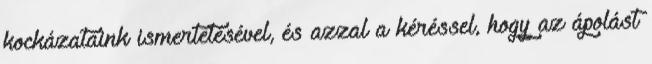
kockázataink ismertetésével, és azzal a kéréssel, hogy az ápolást